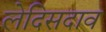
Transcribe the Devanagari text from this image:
लेदिसदाव